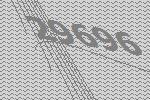
29696